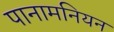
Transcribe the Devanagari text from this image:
पानामनियन